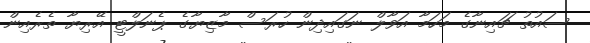
ސައުތު ޗައިނާގެ މަހަމާ އަވާލް ނަގައިދިން ހުރަސް މާޒިޔާގެ ޕެނަލްޓީ އޭރިޔާ ތެރެއިން